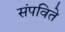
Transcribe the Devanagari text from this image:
संपविते